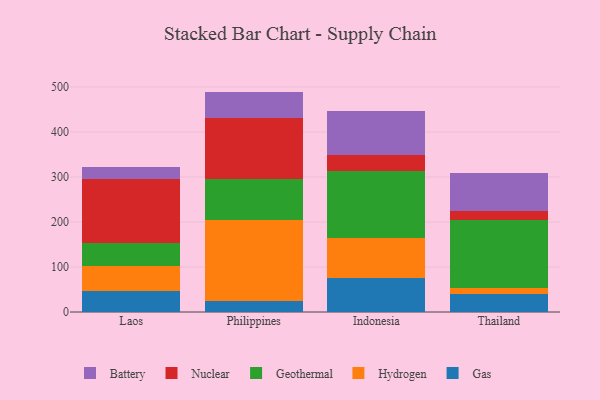
{"axis": {"x": "Country", "y": "Revenue (USD Million)"}, "legend": ["Battery", "Gas", "Geothermal", "Hydrogen", "Nuclear"], "data": [{"x": "Laos", "y": 46.0, "type": "Gas"}, {"x": "Laos", "y": 56.8, "type": "Hydrogen"}, {"x": "Laos", "y": 50.7, "type": "Geothermal"}, {"x": "Laos", "y": 142.6, "type": "Nuclear"}, {"x": "Laos", "y": 25.2, "type": "Battery"}, {"x": "Philippines", "y": 25.3, "type": "Gas"}, {"x": "Philippines", "y": 179.6, "type": "Hydrogen"}, {"x": "Philippines", "y": 91.5, "type": "Geothermal"}, {"x": "Philippines", "y": 134.6, "type": "Nuclear"}, {"x": "Philippines", "y": 58.7, "type": "Battery"}, {"x": "Indonesia", "y": 74.9, "type": "Gas"}, {"x": "Indonesia", "y": 89.1, "type": "Hydrogen"}, {"x": "Indonesia", "y": 148.3, "type": "Geothermal"}, {"x": "Indonesia", "y": 37.4, "type": "Nuclear"}, {"x": "Indonesia", "y": 96.6, "type": "Battery"}, {"x": "Thailand", "y": 40.6, "type": "Gas"}, {"x": "Thailand", "y": 12.6, "type": "Hydrogen"}, {"x": "Thailand", "y": 152.0, "type": "Geothermal"}, {"x": "Thailand", "y": 18.3, "type": "Nuclear"}, {"x": "Thailand", "y": 85.9, "type": "Battery"}]}